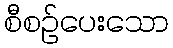
စီစဉ်ပေးသော